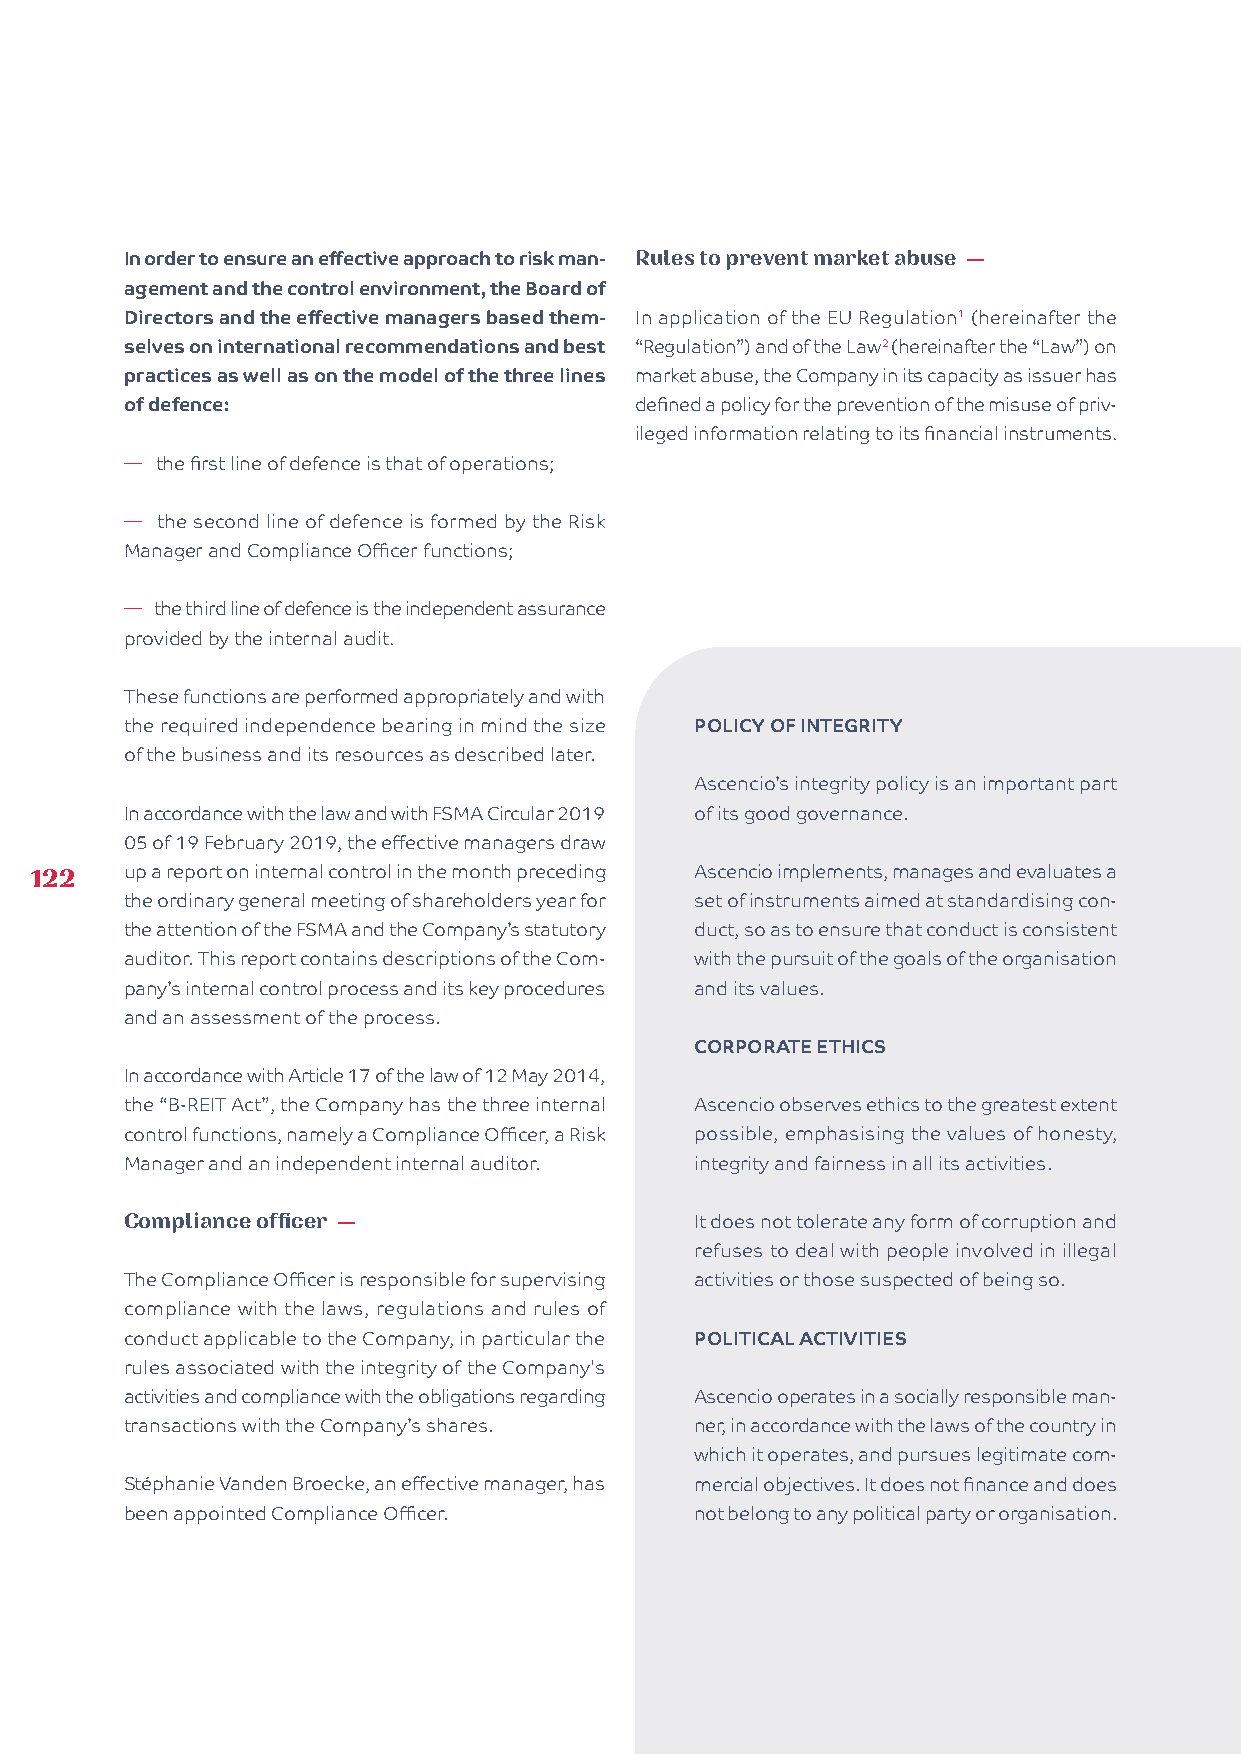
In order to ensure an effective approach to risk man- Rules to prevent market abuse —
 agement and the control environment, the Board of
 Directors and the effective managers based them- In application of the EU Regulation1 (hereinafter the
 selves on international recommendations and best “Regulation”) and of the Law2 (hereinafter the “Law”) on
 practices as well as on the model of the three lines market abuse, the Company in its capacity as issuer has
 of defence:                       defined a policy for the prevention of the misuse of priv-
 ileged information relating to its financial instruments.
 � the first line of defence is that of operations;
 � the second line of defence is formed by the Risk
 Manager and Compliance Officer functions;
 � the third line of defence is the independent assurance
 provided by the internal audit.
 These functions are performed appropriately and with
 the required independence bearing in mind the size POLICY OF INTEGRITY
 of the business and its resources as described later.
 Ascencio’s integrity policy is an important part
 In accordance with the law and with FSMA Circular 2019 of its good governance.
 05 of 19 February 2019, the effective managers draw
 122   up a report on internal control in the month preceding Ascencio implements, manages and evaluates a
 the ordinary general meeting of shareholders year for set of instruments aimed at standardising con-
 the attention of the FSMA and the Company’s statutory duct, so as to ensure that conduct is consistent
 auditor. This report contains descriptions of the Com- with the pursuit of the goals of the organisation
 pany’s internal control process and its key procedures and its values.
 and an assessment of the process.
 CORPORATE ETHICS
 In accordance with Article 17 of the law of 12 May 2014,
 the “B-REIT Act”, the Company has the three internal Ascencio observes ethics to the greatest extent
 control functions, namely a Compliance Officer, a Risk possible, emphasising the values of honesty,
 Manager and an independent internal auditor. integrity and fairness in all its activities.
 Compliance officer —                  It does not tolerate any form of corruption and
 refuses to deal with people involved in illegal
 The Compliance Officer is responsible for supervising activities or those suspected of being so.
 compliance with the laws, regulations and rules of
 conduct applicable to the Company, in particular the POLITICAL ACTIVITIES
 rules associated with the integrity of the Company's
 activities and compliance with the obligations regarding Ascencio operates in a socially responsible man-
 transactions with the Company’s shares. ner, in accordance with the laws of the country in
 which it operates, and pursues legitimate com-
 Stéphanie Vanden Broecke, an effective manager, has mercial objectives. It does not finance and does
 been appointed Compliance Officer.    not belong to any political party or organisation.